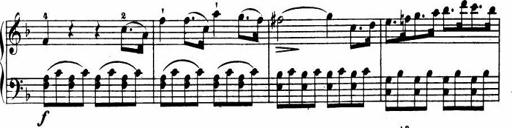
Title: Le bouquetier
Composer: Anton Diabelli
Key: G major
 C major
 F major
 C major